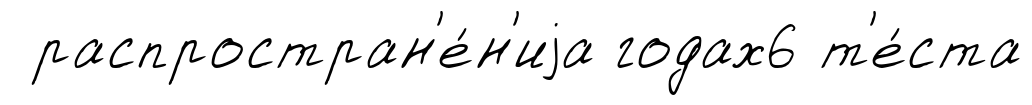
распростран'е́н'иjа годах6 т'е́ста